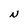
Character: N